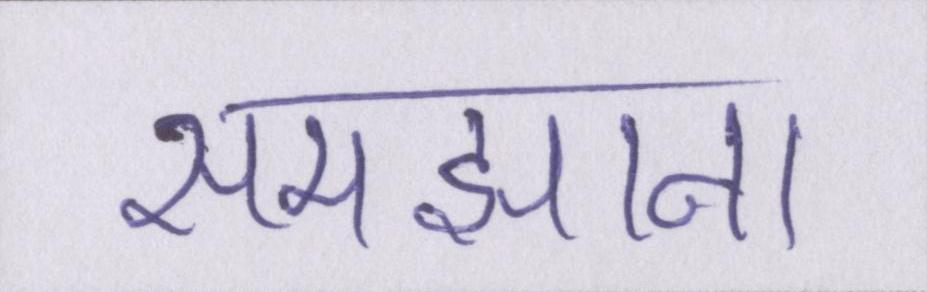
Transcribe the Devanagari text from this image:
समझाना